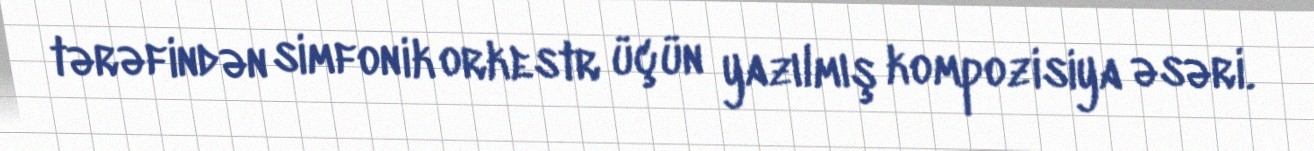
tərəfindən simfonik orkestr üçün yazılmış kompozisiya əsəri.